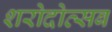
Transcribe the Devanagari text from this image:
शरोदोत्सब